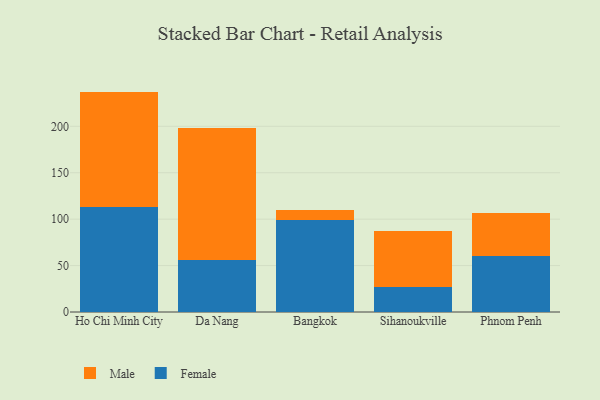
{"axis": {"x": "City", "y": "LTV (USD)"}, "legend": ["Female", "Male"], "data": [{"x": "Ho Chi Minh City", "y": 112.9, "type": "Female"}, {"x": "Ho Chi Minh City", "y": 124.5, "type": "Male"}, {"x": "Da Nang", "y": 56.5, "type": "Female"}, {"x": "Da Nang", "y": 141.2, "type": "Male"}, {"x": "Bangkok", "y": 99.6, "type": "Female"}, {"x": "Bangkok", "y": 10.2, "type": "Male"}, {"x": "Sihanoukville", "y": 27.3, "type": "Female"}, {"x": "Sihanoukville", "y": 59.5, "type": "Male"}, {"x": "Phnom Penh", "y": 60.1, "type": "Female"}, {"x": "Phnom Penh", "y": 46.8, "type": "Male"}]}